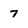
Character: 7